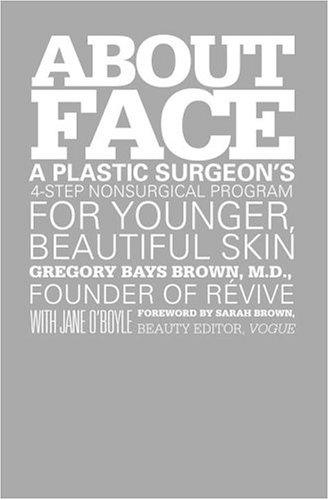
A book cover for About Face: A Plastic Surgeon's 4-Step Nonsurgical Program for Younger, Beautiful Skin; Gregory Brown; Health, Fitness & Dieting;